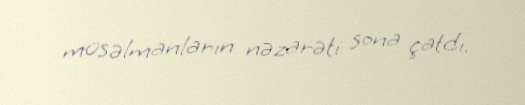
müsəlmanların nəzarəti sona çatdı.